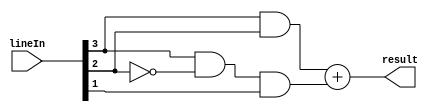
module Comparator(lineIn, result);

	// Define inputs and outputs
	input [3:0] lineIn;
	output result;
	
	// Assign result
	assign result = (lineIn[3] & lineIn[2]) + (lineIn[3] & ~lineIn[2] & lineIn[1]);

endmodule